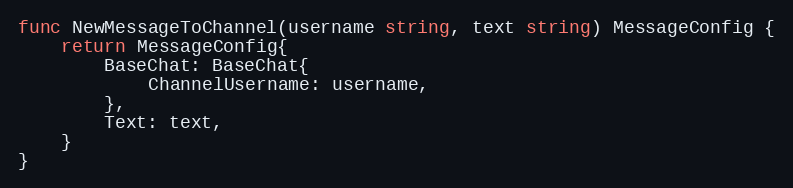
Language: Go
func NewMessageToChannel(username string, text string) MessageConfig {
	return MessageConfig{
		BaseChat: BaseChat{
			ChannelUsername: username,
		},
		Text: text,
	}
}